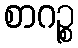
စာဂဉ္စ